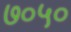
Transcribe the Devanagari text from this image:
७०५०